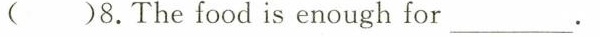
()8.Thefood is enough for___.